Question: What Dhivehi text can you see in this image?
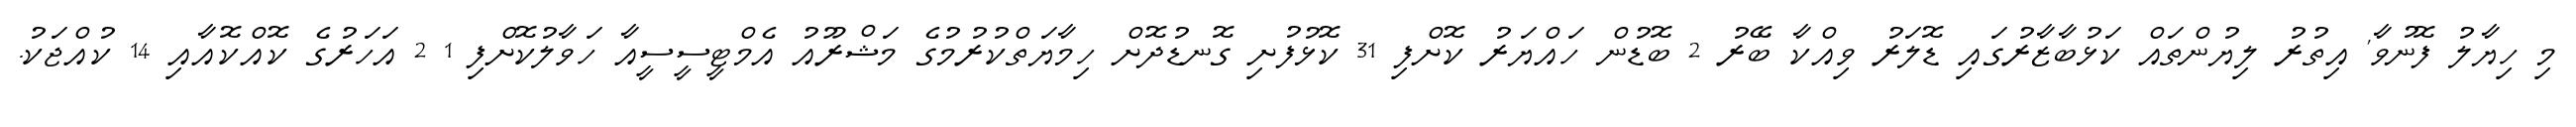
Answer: މި ހިޔާލު ފޮނުވާ' އިތުރު ލިޔުންތައް ކަޅުބާޒާރުގައި ޑޮލަރު ވިއްކާ ބޭރު 2 ބޮޑުން ހައްޔަރު ކޮށްފި 31 ކޮޅުފުށި ގޮނޑުދޮށް ހިމާޔަތްކުރުމުގެ މަޝްރޫއު އެމްޓީސީސީއާ ހަވާލުކޮށްފި 1 2 އަހަރުގެ ކޮއްކޮއާއި 14 ކުއްޖަކު.